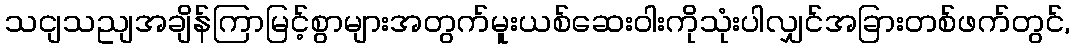
သငျသညျအချိန်ကြာမြင့်စွာများအတွက်မူးယစ်ဆေးဝါးကိုသုံးပါလျှင်အခြားတစ်ဖက်တွင်,